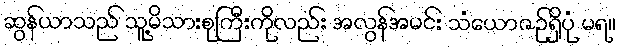
ဆွန်ယာသည် သူ့မိသားစုကြီးကိုလည်း အလွန်အမင်း သံယောဇဉ်ရှိပုံ မရ။